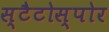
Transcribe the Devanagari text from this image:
स्टैटोस्पोर